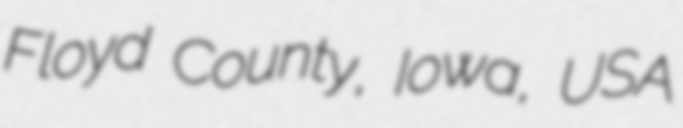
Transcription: Floyd County, Iowa, USA